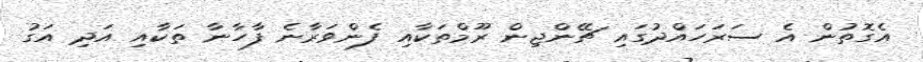
އެގޮތުން އެ ސަރަހައްދުގައި ޗޭންޖިން ރޫމްތަކާއި ފެންވަރާނެ ފާހާނާ ތަކާއި އަދި އަގު